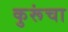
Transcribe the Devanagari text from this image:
कुरूंचा